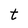
Character: t